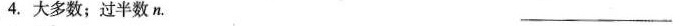
4.大多数；过半数n. ___